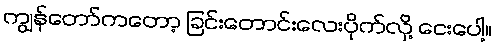
ကျွန်တော်ကတော့ ခြင်းတောင်းလေးပိုက်လို့ ငေးပေါ့။